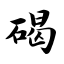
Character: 碣